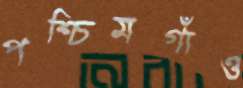
পশ্চিমগাঁও